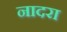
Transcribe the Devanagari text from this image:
नादरा